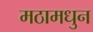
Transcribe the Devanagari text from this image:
मठामधुन